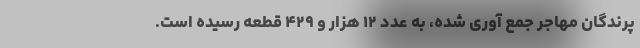
پرندگان مهاجر جمع آوری شده، به عدد ۱۲ هزار و ۴۲۹ قطعه رسیده است.